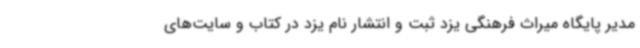
مدیر پایگاه میراث فرهنگی یزد ثبت و انتشار نام یزد در کتاب‌ و سایت‌های